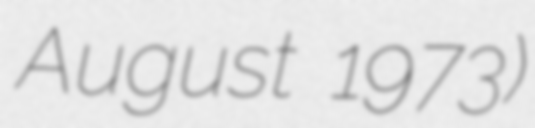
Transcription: August 1973)